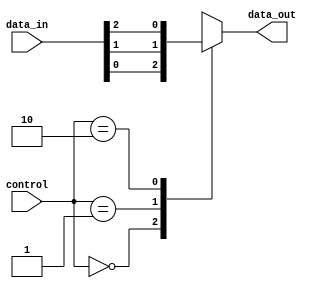
module multiplexer_128_to_1 (
    input [127:0] data_in,
    input [6:0] control,
    output reg data_out
);

always @(*) begin
    case(control)
        7'b0000000: data_out = data_in[0];
        7'b0000001: data_out = data_in[1];
        7'b0000010: data_out = data_in[2];
        // Add cases for all 128 input lines
        // 7'b1111111: data_out = data_in[127]; // Example for last input line
        default: data_out = 1'bx; // Default output for invalid control signals
    endcase
end

endmodule